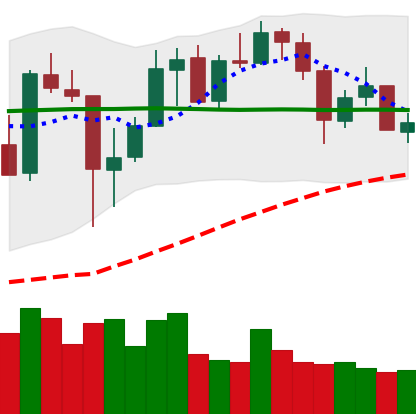
Ticker: XMR-USD
Chart end date: 2020-05-25
Forward return: 10.917%
Label: up_7plus